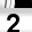
Digit: 2